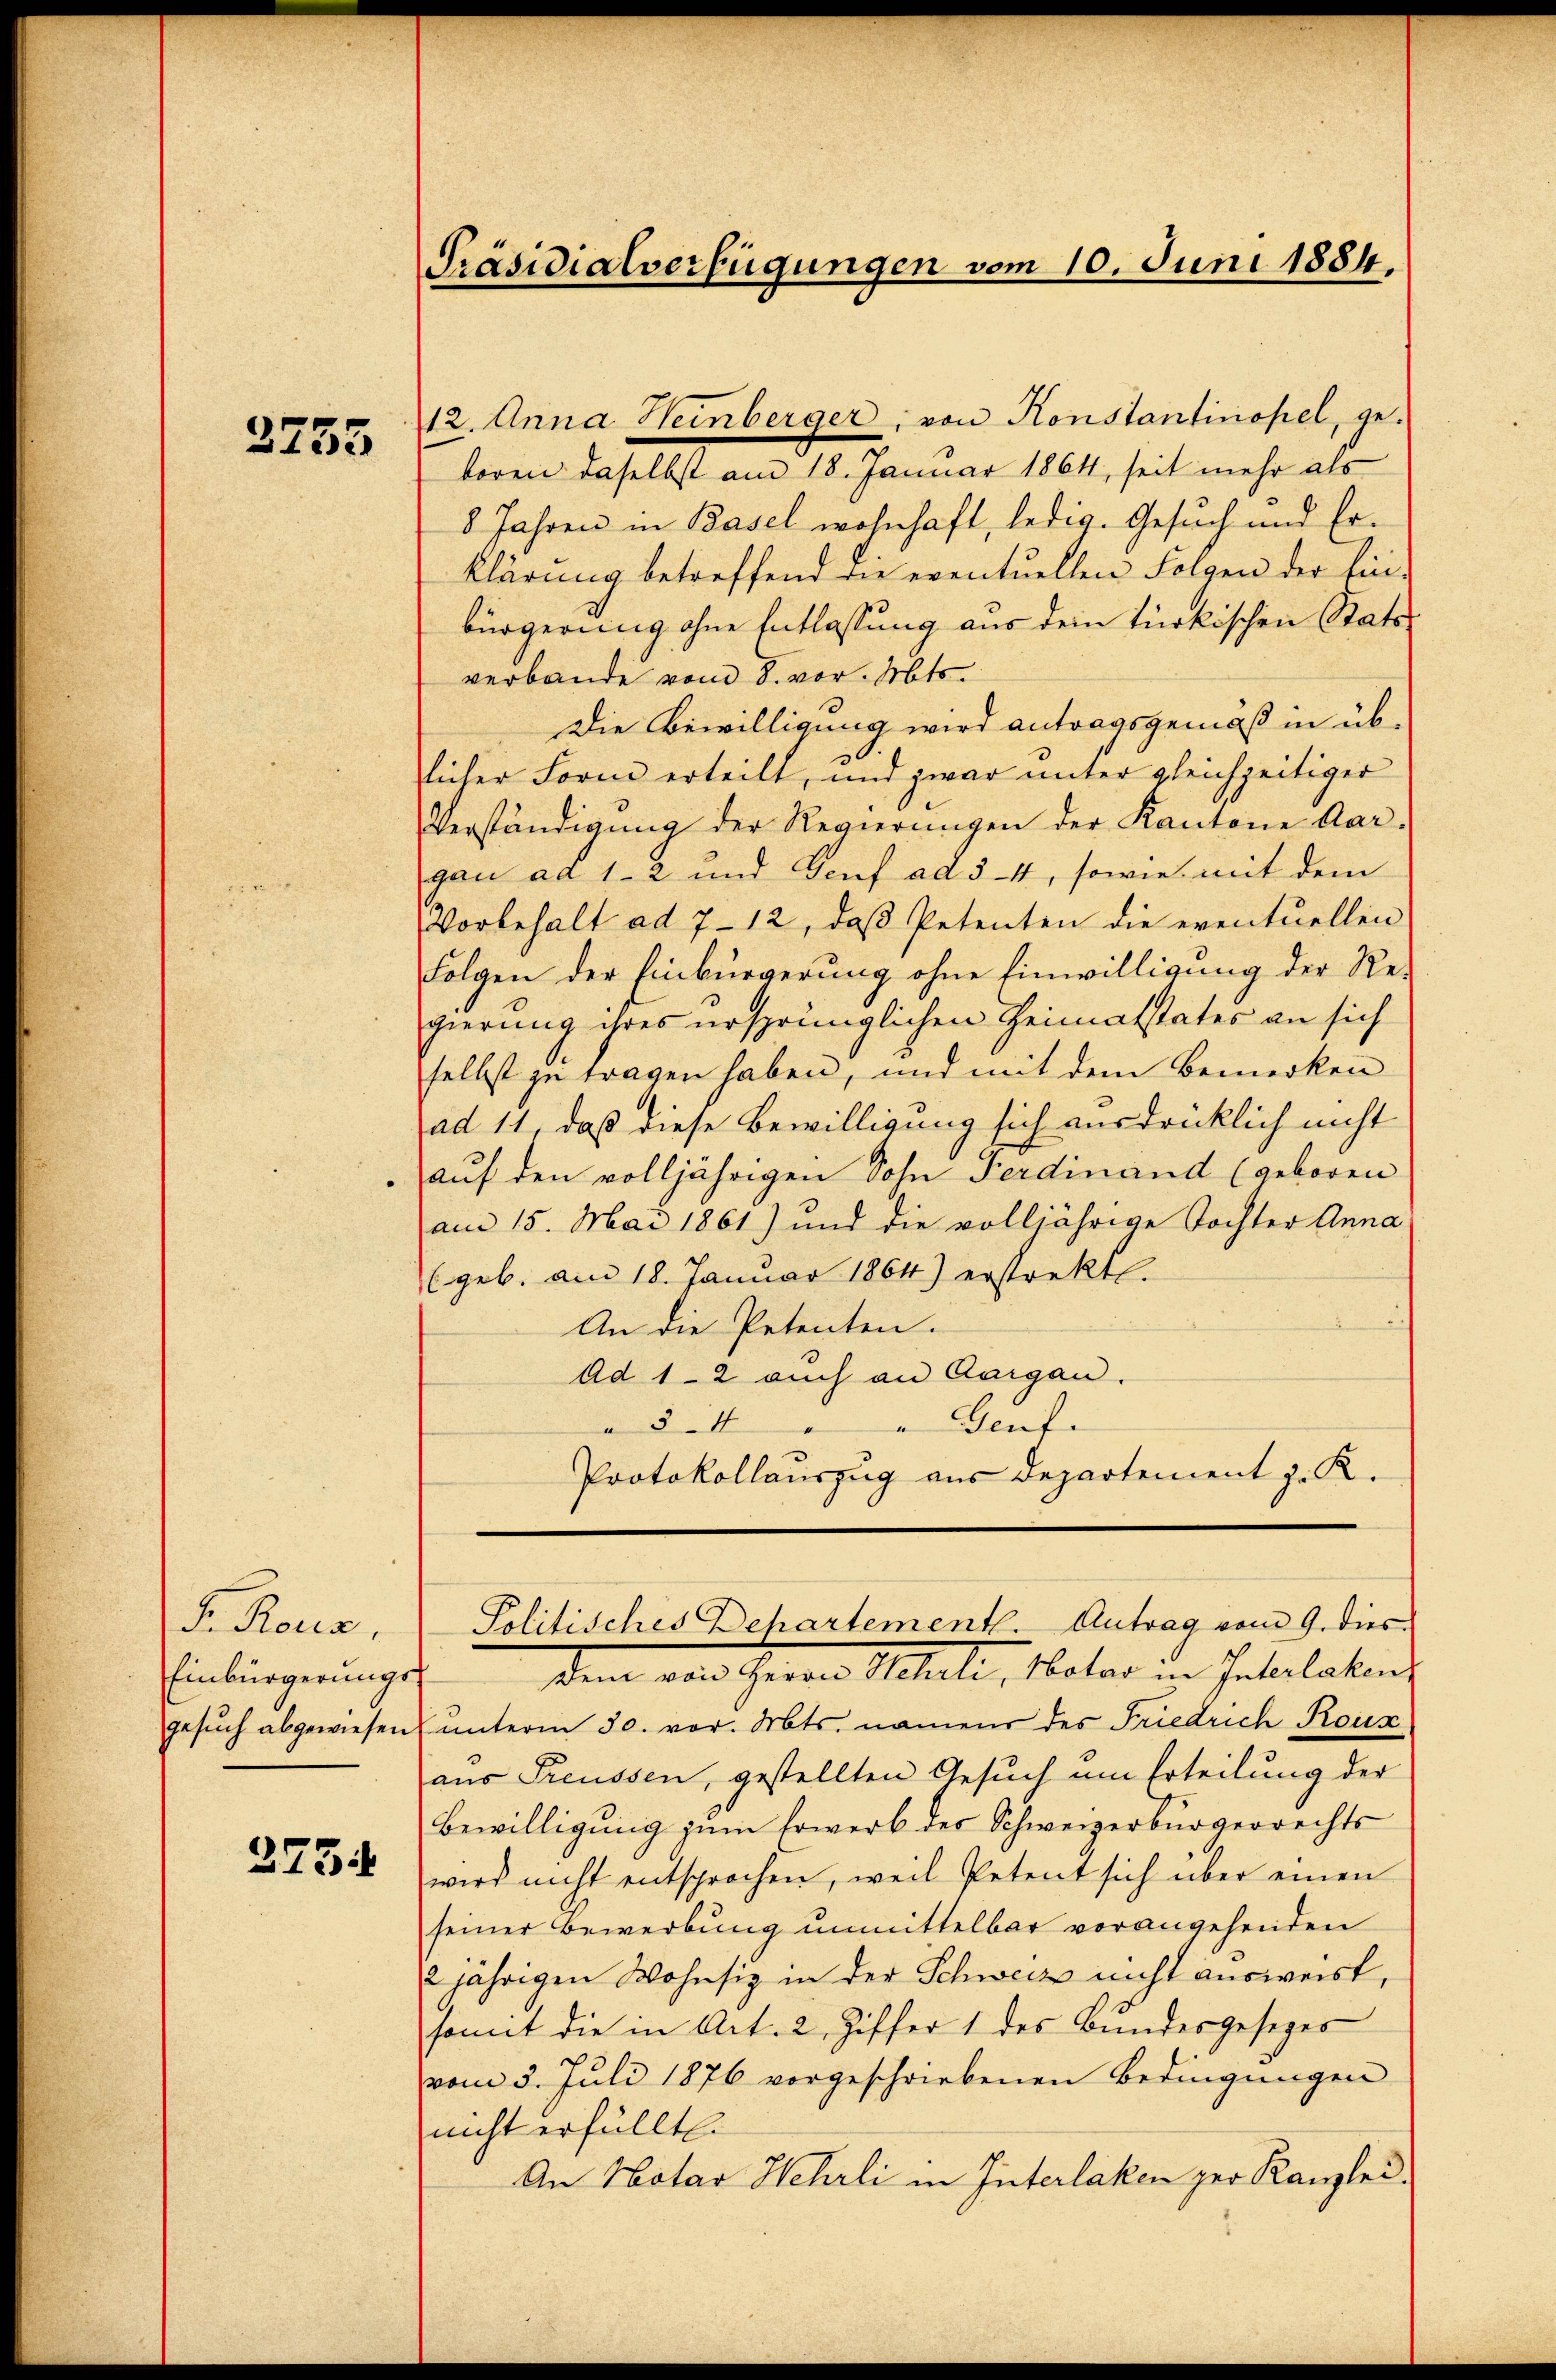
3755

F. Rosa,
Einbürgerungs-

375

Präsidialverfügungen vom 10. Juni 1884.

12. Anna Heinberger, von Konstantinopel, ge-
boren daselbst am 18. Januar 1864, seit mehr als
8 Jahren in Basel wohnhaft, ledig. Gesuch und Erklärung betreffend die eventuellen Folgen der Ein-
bürgerung ohne Entlassung aus dem türkischen Stattverbande vom 8. vor. Mts.
Die Bewilligung wird antragsgemäß in üblicher Form erteilt, und zwar unter gleichzeitiger
Verständigung der Regierungen der Kantone Aar-
gan ad 1-2 und Genf ad 34, sowie mit dem
Vorbehalt ad 7-12, daß Petenten die eventuellen
Folgen der Einbürgerung ohne Einwilligung der Regierung ihres ursprünglichen Heimatstates an sich
selbst zu tragen haben, und mit dem Bemerken
ad 11, daß diese Bewilligung sich ausdrücklich nicht
auf den volljährigen Sohn Ferdinand (geboren
am 15. Mai 1861) und die volljährige Tochter Anna
(geb. am 18. Januar 1864) erstrekt.
An die Petenten.
Ad 1-2 auch an Aargau.
 34
" Gent.
Protokollauszug aus Departement z. R.

Politisches Behartemente Antrag vom 9. dies
dem von Herren Schule, Notar in Inkolaten

gesŭch abgewiesen unterm 30. vor. Mts. namens des Friedrich Rous
aus Preussen, gestellten Gesuch um Erteilung der
Bewilligung zum Erwerb des Schweizerbürgerrechts
wird nicht entsprochen, weil Petent sich über einen
seiner Bewerbung unmittelbar vorangehenden
2jährigen Wohnsiz in der Schweiz nicht ausweist,
sont die in Art. 2, Ziffer 1 des Bundesgesezes
vom 3. Juli 1876 vorgeschriebenen Bedingungen
nicht erfüllt
An Notar Hehrli in Interlaken zur Kanzlei.